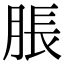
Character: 脹